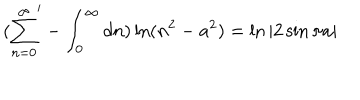
( { \sum _ { n = 0 } ^ { \infty } } ^ { \prime } - \int _ { 0 } ^ { \infty } d n ) \ln ( n ^ { 2 } - a ^ { 2 } ) = \ln | 2 \sin \pi a |